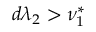
d \lambda _ { 2 } > \nu _ { 1 } ^ { * }